Annual report on the working of the mental hospitals in the Madras Presidency - 1912-1932
Year: 1912
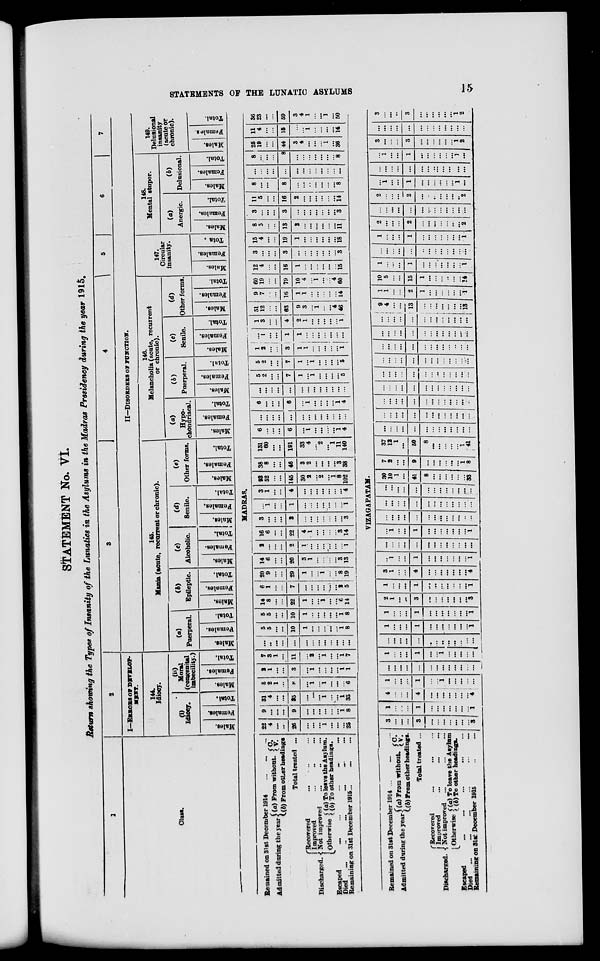
STATEMENTS OF THE LUNATIC ASYLUMS
15
STATEMENT No. VI.
Return showing the Types of Insanity of the Lunatics in the Asylums in the Madras Presidency during the year 1915.
1
Class.
2
I—ERRORS OF DEVELOP-
MENT.
144.
Idiocy.
(i)
Idiocy.
Males.
Females.
Total.
(ii)
Moral
(congenital
imbecility.)
Males.
Females.
Total.
3
4
5
6
7
II—DISORDERS OF FUNCTION.
145.
Mania (acute, recurrent or chronic).
(a)
Puerperal.
Males.
Females.
Total.
(b)
Epileptic.
Males.
Females.
Total.
(c)
Alcoholic.
Males.
Females.
Total.
(d)
Senile.
Males.
Females.
Total.
(e)
Other forms.
Males.
Females.
Total.
146.
Melancholia (acute, recurrent
or chronic).
(a)
chondriacal.
Males.
Females.
Total.
(b)
Puerperal.
Males.
Females.
Total.
(c)
Senile.
Males.
Females.
Total.
(d)
Other forms.
Males.
Females.
Total.
147.
Circular
insanity.
Males.
Females.
Total.
148.
Mental stupor.
(a)
Anergic.
Males.
Females.
Total.
(b)
Delusional.
Males.
Females.
Total.
149.
Delusional
insanity
(acute or
chronic).
Males.
Females.
Total.
MADRAS.
Remained on 31st December 1914 ... ... ...
Admitted during the year (a) From without. C.
V.
(b) From other headings
Total treated ...
Discharged.
Recovered ... ... ...
Improved ... ... ...
Not improved ... ... ...
Otherwise (a) To leave the Asylum.
(b) To other headings.
Escaped ... ... ... ... ...
Died ... ... ... ... ...
Remaining on 31st December 1915
...
...
...
22
4
...
...
26
...
...
...
1
...
...
...
25
9
...
...
...
9
...
...
...
...
...
...
1
8
31
4
...
...
35
...
...
...
1
...
...
1
33
5
2
1
...
8
...
1
...
1
...
...
...
6
2
1
...
...
3
...
1
...
...
...
...
1
1
7
3
1
...
11
...
2
...
1
...
...
1
7
...
...
...
...
...
...
...
...
...
...
...
...
...
5
5
...
...
10
1
...
...
...
...
... 1
8
5
5
...
...
10
1
...
...
...
...
...
1
8
14
8
...
...
22
1
...
...
1
...
...
6
14
6
1
...
...
7
...
...
...
...
...
...
2
5
20
9
...
...
29
1
...
...
1
...
...
8
19
14
6
...
...
20
3
1
...
...
...
...
3
13
2
...
...
...
2
1
...
...
...
...
...
...
1
16
6
...
...
22
4
1
...
...
...
...
3
14
3
...
...
...
3
...
...
...
...
...
...
...
3
...
1
...
...
1
...
...
...
...
...
...
...
1
3
1
...
...
4
...
...
...
...
...
...
...
4
93
52
...
...
145
30
2
...
2
...
1
8
102
38
8
...
...
46
3
2
...
...
...
...
3
38
131
60
...
...
191
33
4
...
2
...
1
11
140
6
...
...
...
6
...
1
...
...
...
...
1
4
...
...
...
...
...
...
...
...
...
...
...
...
...
6
...
...
...
6
...
1
...
...
...
...
1
4
...
...
...
...
...
...
...
...
...
...
...
...
...
5
2
...
...
7
1
...
1
...
...
...
...
5
5
2
...
...
7
1
...
1
...
...
...
...
5
1
2
...
...
3
1
1
...
...
...
...
...
1
...
1
...
...
1
1
...
...
...
...
...
...
...
1
3
...
...
4
2
1
...
...
...
...
...
1
51
12
...
...
63
9
3
...
1
...
...
4
46
9
7
...
...
16
1
1
...
...
...
...
...
14
60
19
...
...
79
10
4
...
1
...
...
4
60
12
4
...
...
16
1
...
...
...
...
...
...
15
3
...
...
...
3
...
...
...
...
...
...
...
3
15
4
...
...
19
1
...
...
...
...
...
...
18
8 5
...
...
13
2
...
...
...
...
...
...
11
3 ...
...
...
3
...
...
...
...
...
...
...
3
11
5
...
...
16
2
...
...
...
...
...
...
14
8
...
...
...
8
...
...
...
...
...
...
...
8
...
...
...
...
...
...
...
...
...
...
...
...
...
8
...
...
...
8
...
...
...
...
...
...
...
8
25
19
...
...
44
3
4
...
...
...
1
...
36
11
4
...
...
15
...
...
1
...
...
...
...
14
36
23
...
...
59
3
4
1
...
...
1
...
50
VIZAGAPATAM.
Remained on 31st December 1914 ... ... ...
Admitted during the year
(a) From without.
C.
V.
(b) From other headings.
Total treated ...
Discharged.
Recovered ... ... ...
Improved ... ... ...
Not improved ... ... ...
Otherwise (a) To leave the Asylum
(b) To other headings.
Escaped
...
...
...
...
...
Died
...
...
...
...
...
...
Remaining on 31st December
1915
...
...
3
...
...
...
3
...
...
...
...
...
...
...
3
1
...
...
...
1
...
...
...
...
...
...
...
1
4
...
...
...
4
...
...
...
...
...
...
...
4
1
...
...
...
1
...
...
1
...
...
...
...
...
...
...
...
...
...
...
...
...
...
...
...
...
...
1
...
...
...
1
...
...
1
...
...
...
...
...
...
...
...
...
...
...
...
...
...
...
...
...
...
1
...
...
...
1
...
...
...
...
...
...
...
1
1
...
...
...
1
...
...
...
...
...
...
...
1
2
1
...
...
3
...
...
...
...
...
...
...
3
1
...
...
...
1
...
...
...
...
...
...
...
1
3
1
...
...
4
...
...
...
...
...
...
... 4
...
1
...
...
1
...
...
...
...
...
...
...
1
...
...
...
...
...
...
...
...
...
...
...
...
...
...
1
...
...
1
...
...
...
...
...
...
...
1
... ...
...
...
...
...
...
...
...
...
...
...
...
...
...
...
...
...
...
...
...
...
...
...
...
...
...
...
...
...
...
...
...
...
...
...
...
...
...
30
10
1
...
41
8
...
...
...
...
...
...
33
7
2
...
...
9
...
...
...
...
...
...
1
8
37
12
1
...
50
8
...
...
...
...
...
1
41
...
...
...
...
...
...
...
...
...
...
...
...
...
...
...
...
...
...
...
...
...
...
...
...
...
...
...
...
...
...
...
...
...
...
...
...
...
...
...
...
...
...
...
...
...
...
...
...
...
...
...
...
...
...
...
...
...
...
...
...
...
...
...
...
...
...
...
...
...
...
...
...
...
...
...
...
...
...
...
...
...
...
...
...
...
...
...
...
...
...
...
...
...
...
...
...
...
...
...
...
...
...
...
...
...
...
...
...
...
...
...
...
...
...
...
...
...
9
4
...
...
13
...
...
...
...
...
...
...
13
1
1
...
...
2
1
...
...
...
...
...
...
1
10
5
...
...
15
1
...
...
...
...
...
...
14
1
...
...
...
1
...
...
...
...
...
...
...
1
...
...
...
...
...
...
...
...
...
...
...
...
...
1
...
...
...
1
...
...
...
...
...
...
...
1
2 ...
...
...
2
...
...
...
...
...
...
...
2
...
...
...
...
...
...
...
...
...
...
...
...
...
2
...
...
...
2
...
...
...
...
...
...
...
2
...
1
...
...
1
...
...
...
...
...
...
1
...
... ...
...
...
...
...
...
...
...
...
...
...
...
...
1
...
...
1
...
...
...
...
...
...
1
...
3
...
...
...
3
...
...
...
...
...
...
1
2
...
...
...
...
...
...
...
...
...
...
...
...
...
3
...
...
...
3
...
...
...
...
...
...
1
2